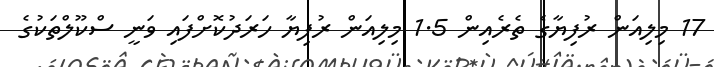
17 މިލިއަން ރުފިޔާގެ ތެރެއިން 1.5 މިލިއަން ރުފިޔާ ހަރަދުކޮށްފައި ވަނީ ސްކޫލްތަކުގެ